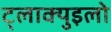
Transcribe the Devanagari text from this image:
ट्लाक्युइलो